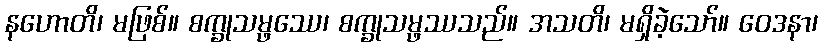
နဟောတိ၊ မဖြစ်။ စက္ခုသမ္ဖဿေ၊ စက္ခုသမ္ဖဿသည်။ အသတိ၊ မရှိခဲ့သော်။ ဝေဒနာ၊